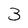
Character: 3